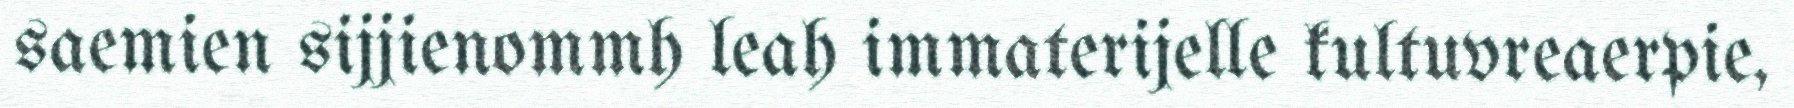
saemien sijjienommh leah immaterijelle kultuvreaerpie,